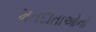
મતદાતાઓનો